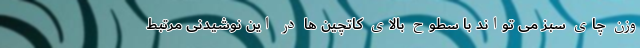
وزن چای سبز می تواند با سطوح بالای کاتچین ها در این نوشیدنی مرتبط